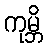
ကုမ္ဘိ